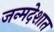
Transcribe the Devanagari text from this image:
जन्मदेशात